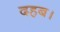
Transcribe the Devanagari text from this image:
दहब।